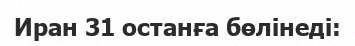
Иран 31 останға бөлінеді: